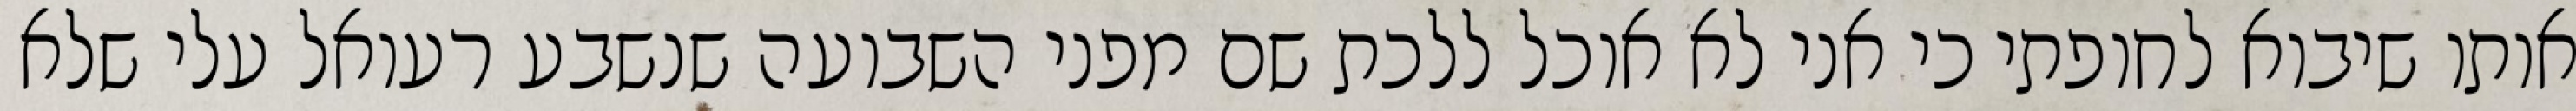
אותו שיבוא לחופתי כי אני לא אוכל ללכת שם מפני השבועה שנשבע רעואל עלי שלא